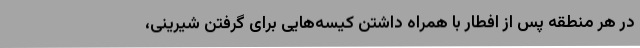
در هر منطقه پس از افطار با همراه داشتن کیسه‌هایی برای گرفتن شیرینی،